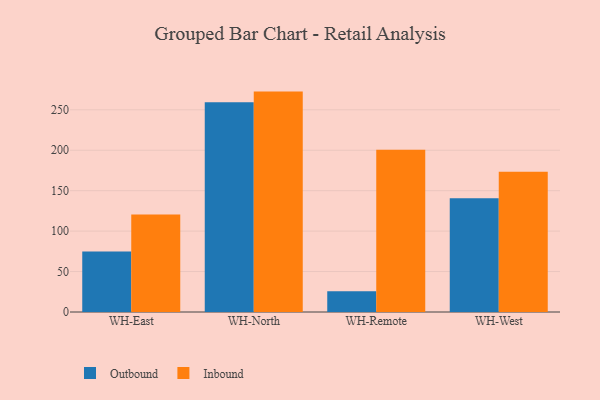
{"axis": {"x": "Warehouse", "y": "Website Visitors"}, "legend": ["Inbound", "Outbound"], "data": [{"x": "WH-East", "y": 74.8, "type": "Outbound"}, {"x": "WH-East", "y": 120.7, "type": "Inbound"}, {"x": "WH-North", "y": 259.4, "type": "Outbound"}, {"x": "WH-North", "y": 272.5, "type": "Inbound"}, {"x": "WH-Remote", "y": 25.7, "type": "Outbound"}, {"x": "WH-Remote", "y": 200.7, "type": "Inbound"}, {"x": "WH-West", "y": 140.5, "type": "Outbound"}, {"x": "WH-West", "y": 173.3, "type": "Inbound"}]}